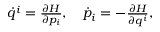
\begin{array} { r } { \dot { q } ^ { i } = \frac { \partial H } { \partial p _ { i } } , \quad \dot { p } _ { i } = - \frac { \partial H } { \partial q ^ { i } } , } \end{array}